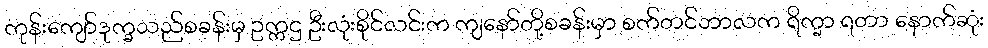
ကုန်းကျော်ဒုက္ခသည်စခန်းမှ ဥက္ကဌ ဦးလုံးစိုင်လင်းက ကျနော်တို့စခန်းမှာ စက်တင်ဘာလက ရိက္ခာ ရတာ နောက်ဆုံး